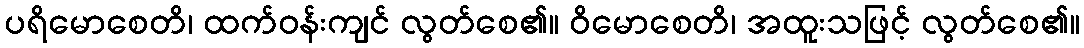
ပရိမောစေတိ၊ ထက်ဝန်းကျင် လွတ်စေ၏။ ဝိမောစေတိ၊ အထူးသဖြင့် လွတ်စေ၏။